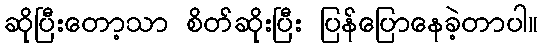
ဆိုပြီးတော့သာ စိတ်ဆိုးပြီး ပြန်ပြောနေခဲ့တာပါ။